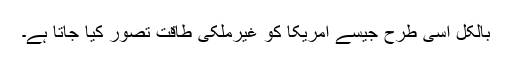
بالکل اسی طرح جیسے امریکا کو غیرملکی طاقت تصور کیا جاتا ہے۔